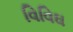
વિવિઘ